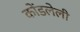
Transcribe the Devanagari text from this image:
कोंडलेली